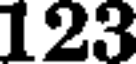
123